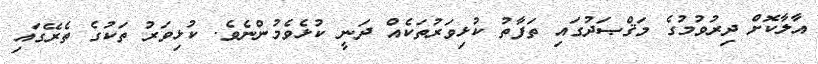
އާލާކޮށް ދިރުވުމުގެ މަޤްޞަދުގައި ތަފާތު ކުޅިވަރުތަކެއް ދަނީ ކުޅެވެމުންނެވެ. ކުޅިވަރު ތަކުގެ ތެރޭގައި